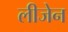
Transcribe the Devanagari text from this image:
लीजेन